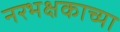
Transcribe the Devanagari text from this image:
नरभक्षकाच्या